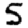
Digit: 5